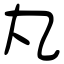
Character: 丸